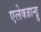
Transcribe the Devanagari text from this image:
एलेक्जान्ड्रु